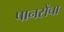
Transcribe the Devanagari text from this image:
पानसेंचा